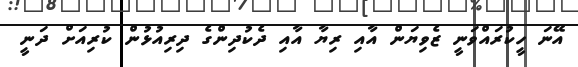
އޭނަ ހީކުރައްވަނީ ޒެވިޔަން އާއި ރިޔާ އާއި ދެކުދިންގެ ދިރިއުޅުން ކުރިއަށް ދަނީ